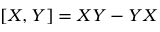
[ X , Y ] = X Y - Y X